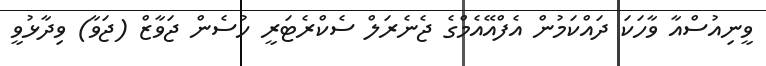
ވީނިއުސްއާ ވާހަކަ ދައްކަމުން އެފްއޭއެމްގެ ޖެނެރަލް ސެކްރެޓަރީ ހުސެން ޖަވާޒް (ޖަވާ) ވިދާޅުވީ